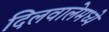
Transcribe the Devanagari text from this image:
दिलवालेमध्ये